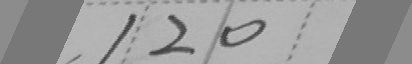
1 2 0